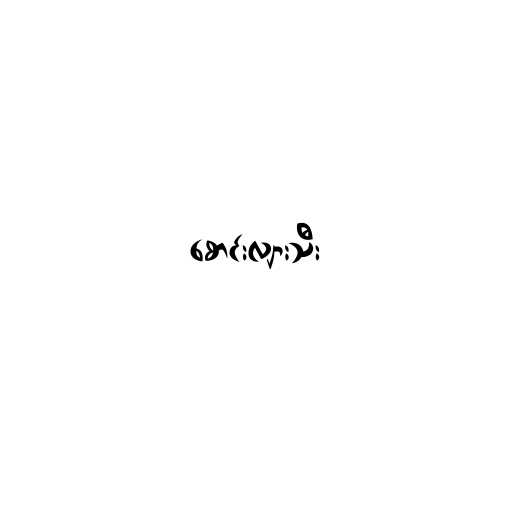
စောင်းလျားသီး